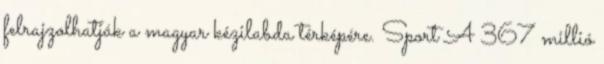
felrajzolhatják a magyar kézilabda térképére. Sport A 367 millió